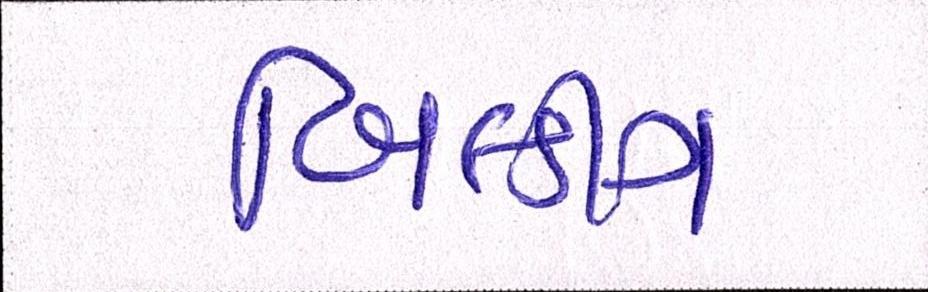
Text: બિલ્ડીંગ